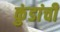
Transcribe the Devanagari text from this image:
कुंडांची